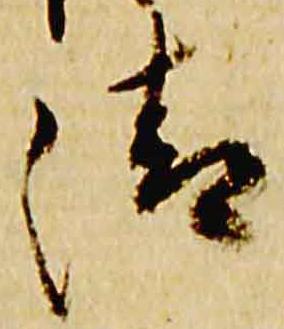
清